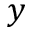
y